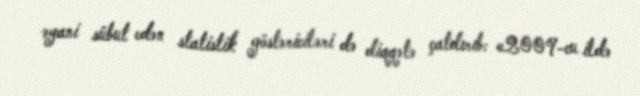
əyani sübut edən statistik göstəriciləri də diqqətə çatdırıb: «2009-cu ildə